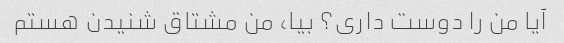
آیا من را دوست داری؟ بیا، من مشتاق شنیدن هستم